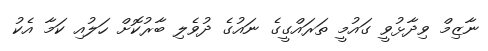
ނާޒިމް ވިދާޅުވީ ގައުމީ ތަރައްގީގެ ނައުގެ ދުވެލި ބާރުކޮށް ހަލުއި ކަމާ އެކު